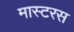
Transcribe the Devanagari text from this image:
मास्टरस